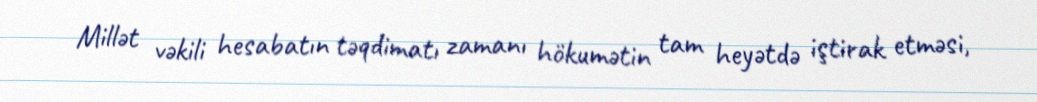
Millət vəkili hesabatın təqdimatı zamanı hökumətin tam heyətdə iştirak etməsi,